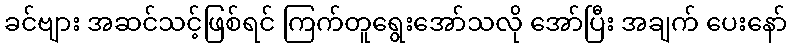
ခင်ဗျား အဆင်သင့်ဖြစ်ရင် ကြက်တူရွေးအော်သလို အော်ပြီး အချက် ပေးနော်